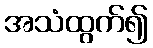
အသံထွက်၍